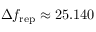
\Delta f _ { \mathrm { r e p } } \approx 2 5 . 1 4 0